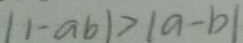
\vert 1 - a b \vert > \vert a - b \vert